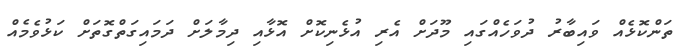
ތަންކޮޅެއް ވައިބާރު ދުވަހެއްގައި މޫދަށް އެރި އުޅެނިކޮށް އޮޅާއި ދިމާލަށް ދަމައިގަތްގޮތަށް ކަޅުވެމެއް